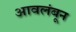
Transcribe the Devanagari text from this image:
आवलंबून